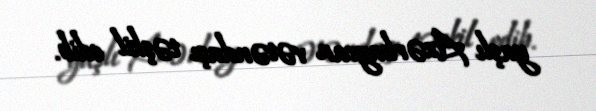
yaşlı Azərbaycan vətəndaşı təşkil edib.